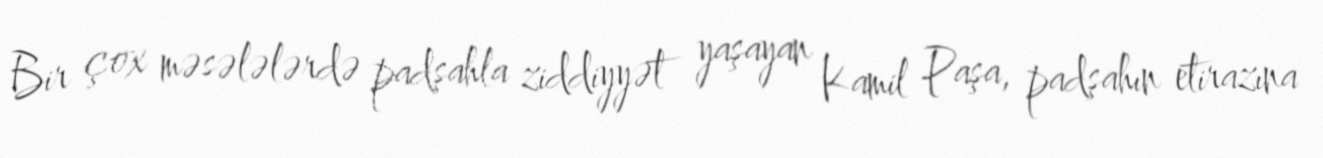
Bir çox məsələlərdə padşahla ziddiyyət yaşayan Kamil Paşa, padşahın etirazına